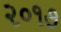
૨૦૧૭